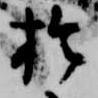
於